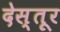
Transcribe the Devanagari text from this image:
देस्तूर